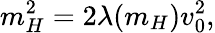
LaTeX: m_{H}^{2}=2\lambda(m_{H})v_{0}^{2},